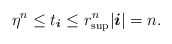
\begin{align*} \eta^n\leq t_{ \boldsymbol{i} } \leq r_{\sup}^n | \boldsymbol{i}|= n .\end{align*}